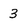
Character: 3